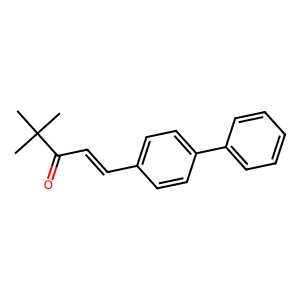
SMILES: CC(C)(C)C(=O)C=Cc1ccc(-c2ccccc2)cc1
Inhibits HIV replication: No